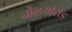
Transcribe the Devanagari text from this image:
नोव्हगोरोड